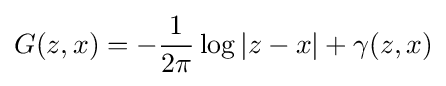
G(z,x)=-{\frac {1}{2\pi }}\log |z-x|+\gamma (z,x)